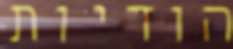
הודיות